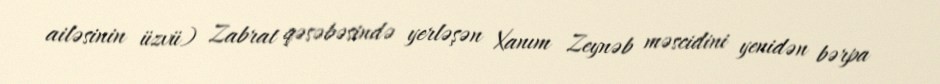
ailəsinin üzvü) Zabrat qəsəbəsində yerləşən Xanım Zeynəb məscidini yenidən bərpa